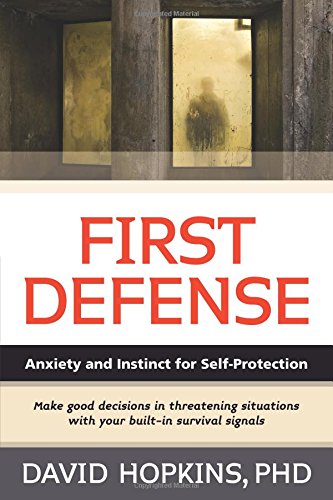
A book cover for First Defense: Anxiety and Instinct for Self Protection; David, Jr. Hopkins; Medical Books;